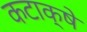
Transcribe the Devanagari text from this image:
कटाक्षे